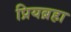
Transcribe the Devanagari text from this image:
प्रियब्रहा